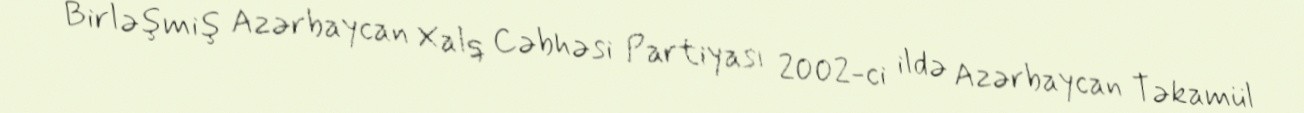
Birləşmiş Azərbaycan Xalq Cəbhəsi Partiyası 2002-ci ildə Azərbaycan Təkamül